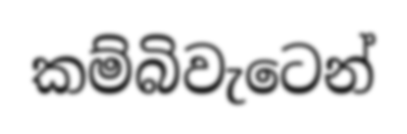
කම්බිවැටෙන්